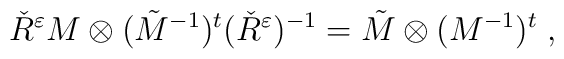
\check{R}^{\varepsilon} M \otimes (\tilde{M}^{-1})^t(\check{R}^{\varepsilon})^{-1}= \tilde{M} \otimes (M^{-1})^t\;,